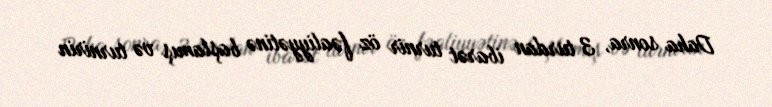
Daha sonra, 3 turdan ibarət turnir öz fəaliyyətinə başlamış və turnirin